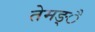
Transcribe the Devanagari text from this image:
तेमङ्ै